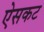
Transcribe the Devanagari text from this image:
ऐसकट